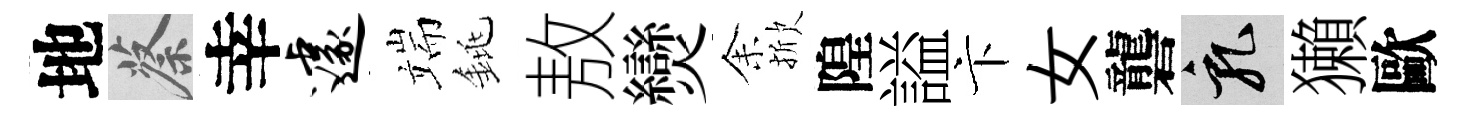
地蔡幸遽端銚敖𤓖𪜬掀隍謚卞女礱乳獺歐